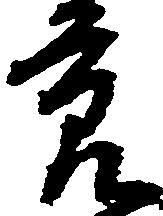
節